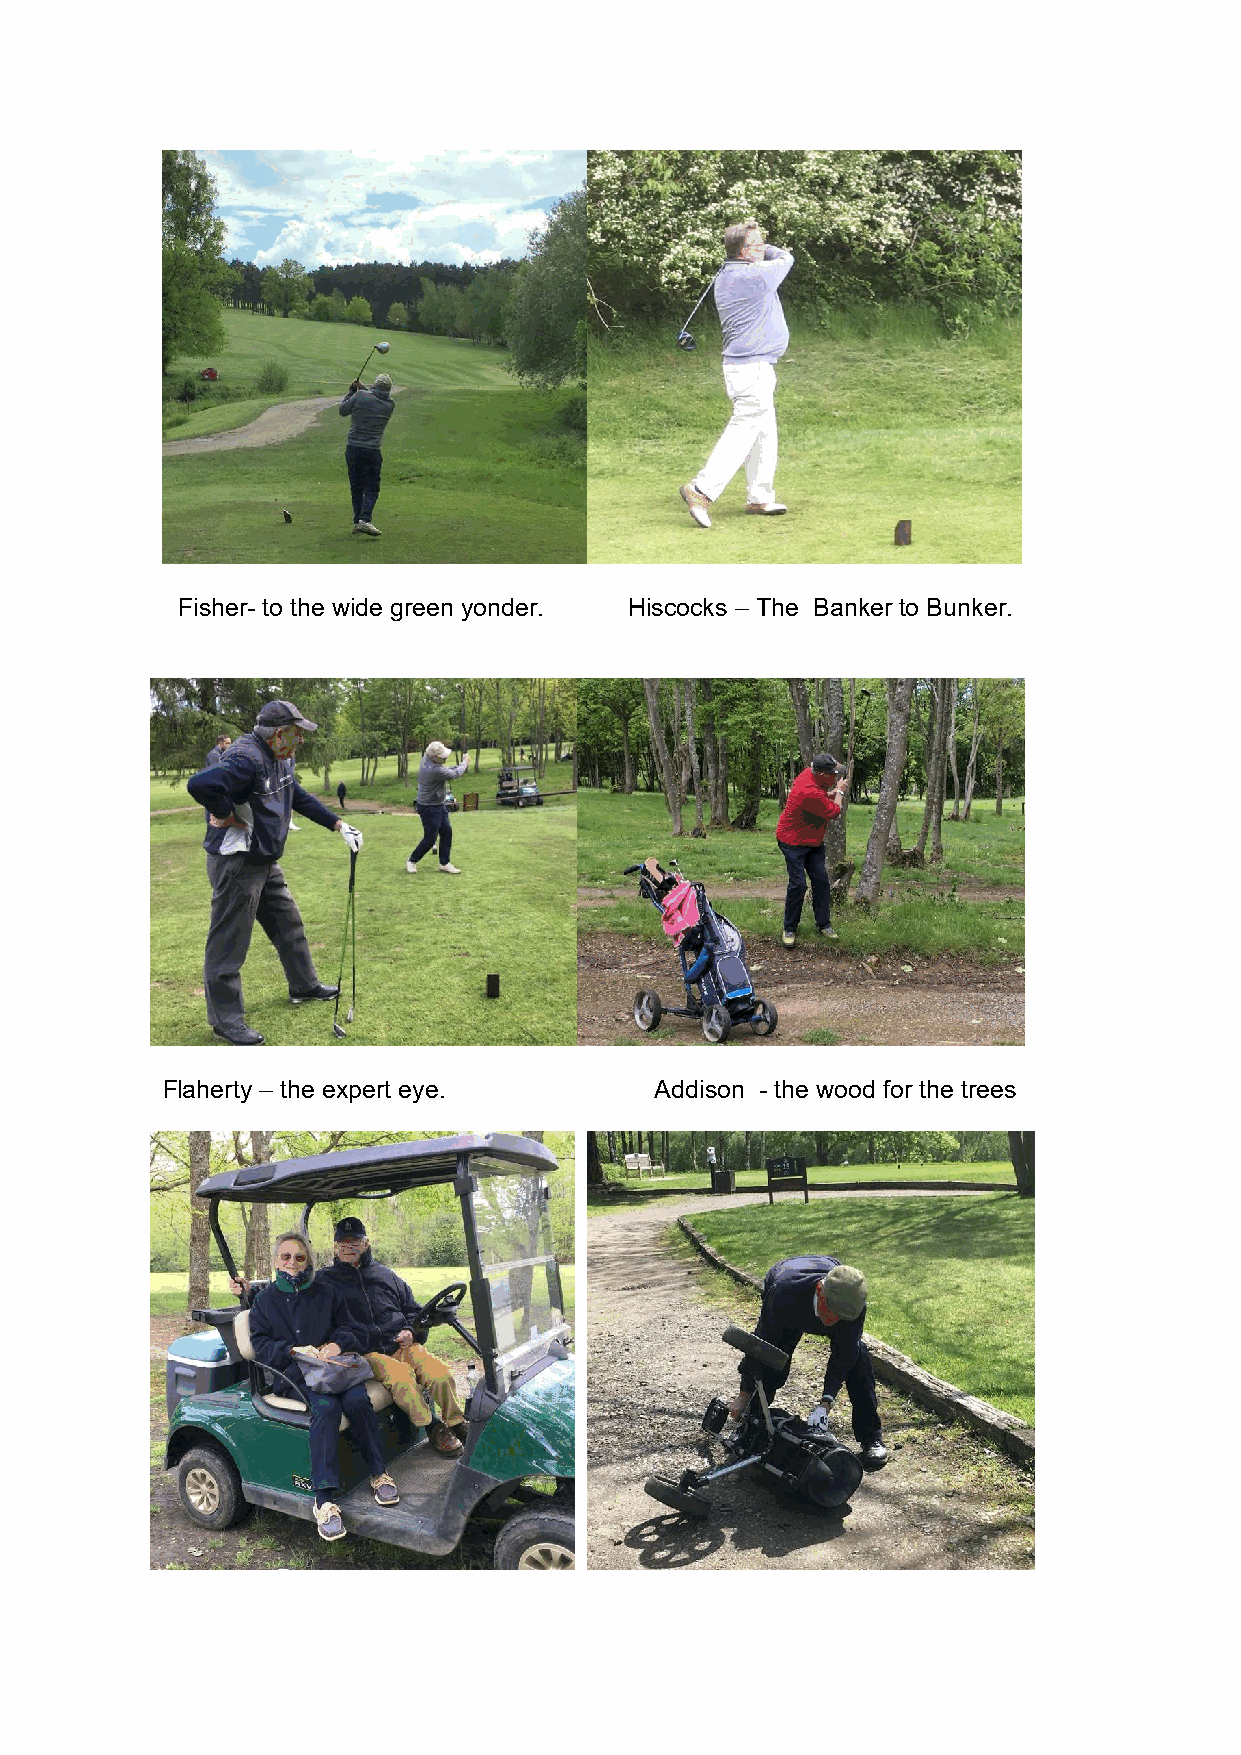
Fisher- to the wide green yonder. Hiscocks – The Banker to Bunker.
 Flaherty – the expert eye.      Addison - the wood for the trees